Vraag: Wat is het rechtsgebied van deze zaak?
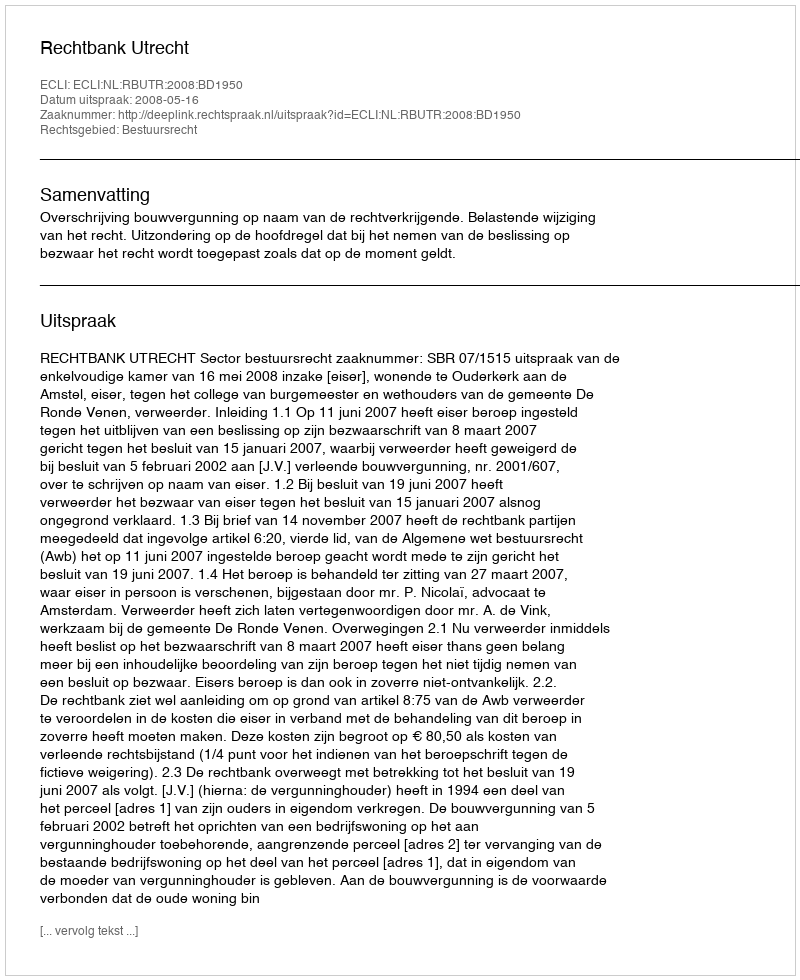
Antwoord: Bestuursrecht